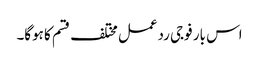
اس بار فوجی ردعمل مختلف قسم کا ہوگا۔